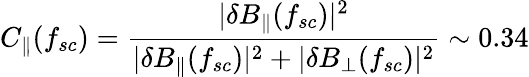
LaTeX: C_{\parallel}(f_{sc})=\frac{|\delta B_{\parallel}(f_{sc})|^{2}}{|\delta B_{\parallel}(f_{sc})|^{2}+|\delta B_{\perp}(f_{sc})|^{2}}\sim 0.34